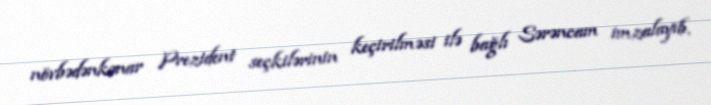
növbədənkənar Prezident seçkilərinin keçirilməsi ilə bağlı Sərəncam imzalayıb.